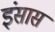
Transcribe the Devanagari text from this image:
इंसास